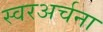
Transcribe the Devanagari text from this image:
स्वरअर्चना